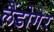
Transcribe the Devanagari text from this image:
लैंडोगेर